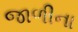
જાળીના